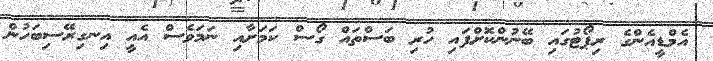
އެމްޑީއެންގެ ރިޕޯޓުގައި ބޭނުންކޮށްފައި ހުރި ބަސްތައް ގޯސް ކަމަށާއި ނަމަވެސް އެއީ އިނގިރޭސިބަހުން